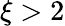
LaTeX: \xi>2